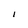
Character: I